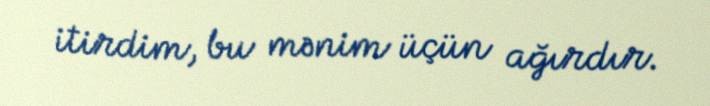
itirdim, bu mənim üçün ağırdır.